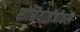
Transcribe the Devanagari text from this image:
सोसियोलॅजीकल